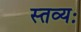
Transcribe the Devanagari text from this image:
स्तव्यः